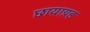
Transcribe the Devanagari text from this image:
छायाग्रह